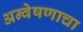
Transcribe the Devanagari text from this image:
अन्वेषणाचा